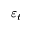
\varepsilon _ { t }